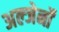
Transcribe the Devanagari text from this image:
अल्जेर्नों